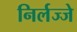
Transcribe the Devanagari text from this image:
निर्लज्जे